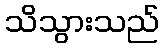
သိသွားသည်